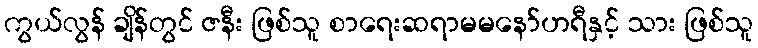
ကွယ်လွန် ချိန်တွင် ဇနီး ဖြစ်သူ စာရေးဆရာမမနော်ဟရီနှင့် သား ဖြစ်သူ